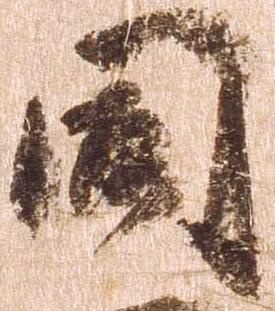
同